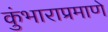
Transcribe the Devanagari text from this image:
कुंभाराप्रमाणे